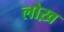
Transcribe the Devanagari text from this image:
लोख़